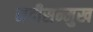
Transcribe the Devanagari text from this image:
नदीसन्मुख